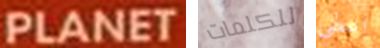
PLANET للكلمات اعطي